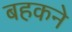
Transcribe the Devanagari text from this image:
बहकने